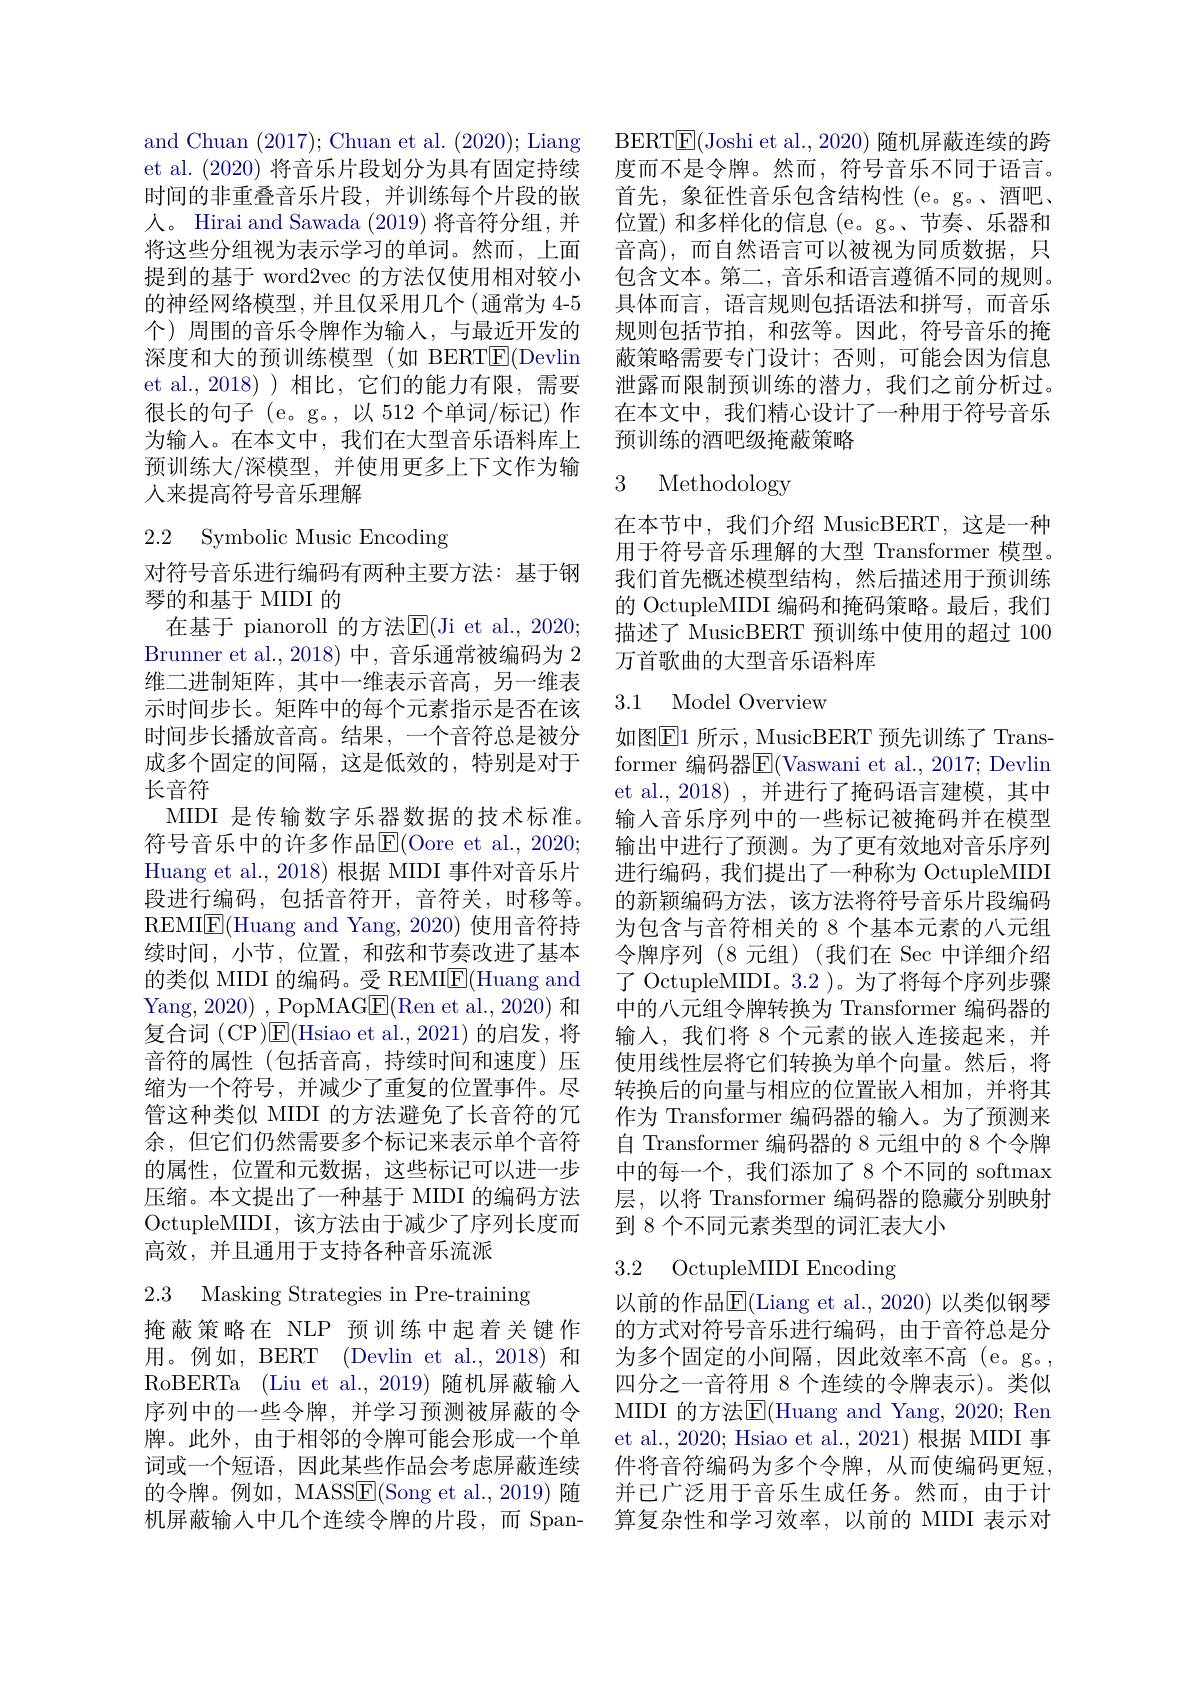
and Chuan (2017); Chuan et al. (2020); Liang et al. (2020)将音乐片段划分为具有固定持续时间的非重叠音乐片段，并训练每个片段的嵌人。Hirai and Sawada (2019) 将音符分组，并将这些分组视为表示学习的单词。然而，上面提到的基于 word2vec 的方法仅使用相对较小的神经网络模型，并且仅采用几个(通常为 4-5个)周围的音乐令牌作为输入，与最近开发的深度和大的预训练模型 (如 BERT$\overline{\mathrm{E}}($Devlin et al.,2018))相比，它们的能力有限，需要很长的句子(e。g。,以 512 个单词/标记) 作为输入。在本文中，我们在大型音乐语料库上预训练大/深模型，并使用更多上下文作为输人来提高符号音乐理解

# 2.2 Symbolic Music Encoding

对符号音乐进行编码有两种主要方法：基于钢
琴的和基于 MIDI 的
在基于 pianoroll 的方法E$( Ji et al. , 2020;$ Brunner et al., 2018) 中，音乐通常被编码为 2维二进制矩阵，其中一维表示音高，另一维表示时间步长。矩阵中的每个元素指示是否在该时间步长播放音高。结果，一个音符总是被分成多个固定的间隔，这是低效的，特别是对于长音符
MIDI 是传输数字乐器数据的技术标准。符号音乐中的许多作品E$( Oore et al. , 2020;$ Huang et al., 2018) 根据 MIDI 事件对音乐片段进行编码，包括音符开，音符关，时移等。REMIE(Huang and Yang, 2020) 使用音符持续时间，小节，位置，和弦和节奏改进了基本的类似 MIDI 的编码。受 REMI$\boxed{\mathrm{F}}($Huang and Yang, 2020) , PopMAGE(Ren et al., 2020) 和复合词 (CP)$\mathsf{E}($Hsiao et al.,2021)的启发，将音符的属性(包括音高，持续时间和速度)压缩为一个符号，并减少了重复的位置事件。尽管这种类似 MIDI 的方法避免了长音符的冗余，但它们仍然需要多个标记来表示单个音符的属性，位置和元数据，这些标记可以进一步压缩。本文提出了一种基于 MIDI 的编码方法OctupleMIDI,该方法由于减少了序列长度而高效，并且通用于支持各种音乐流派

2.3 Masking Strategies in Pre-training

掩蔽策略在 NLP 预训练中起着关键作用。例如，BERT (Devlin et al., 2018) 和RoBERTa (Liu et al.,2019) 随机屏蔽输入序列中的一些令牌，并学习预测被屏蔽的令牌。此外，由于相邻的令牌可能会形成一个单词或一个短语，因此某些作品会考虑屏蔽连续的令牌。例如，MASS$\overline{\mathrm{E}}($Song et al.,2019)随机屏蔽输入中几个连续令牌的片段，而 Span-

BERT$\boxed{\mathrm{E}}($Joshi et al., 2020) 随机屏蔽连续的跨度而不是令牌。然而，符号音乐不同于语言。首先，象征性音乐包含结构性(e。g。、酒吧、 位置)和多样化的信息(e。g。、节奏、乐器和音高),而自然语言可以被视为同质数据，只包含文本。第二，音乐和语言遵循不同的规则。具体而言，语言规则包括语法和拼写，而音乐规则包括节拍，和弦等。因此，符号音乐的掩蔽策略需要专门设计；否则，可能会因为信息泄露而限制预训练的潜力，我们之前分析过。在本文中，我们精心设计了一种用于符号音乐预训练的酒吧级掩蔽策略

# 3 Methodology

在本节中，我们介绍 MusicBERT,这是一种用于符号音乐理解的大型 Transformer 模型。我们首先概述模型结构，然后描述用于预训练的 OctupleMIDI 编码和掩码策略。最后，我们描述了 MusicBERT 预训练中使用的超过 100万首歌曲的大型音乐语料库

## 3.1 Model Overview

如图E1 所示，MusicBERT 预先训练了 Transformer 编码器E$( Vaswani et al. , 2017; Devlin$ et al.,2018),并进行了掩码语言建模，其中输入音乐序列中的一些标记被掩码并在模型输出中进行了预测。为了更有效地对音乐序列进行编码，我们提出了一种称为 OctupleMIDI 的新颖编码方法，该方法将符号音乐片段编码为包含与音符相关的 8 个基本元素的八元组令牌序列 (8 元组)(我们在 Sec 中详细介绍了 OctupleMIDI。3.2 )。为了将每个序列步骤中的八元组令牌转换为 Transformer 编码器的输入，我们将 8 个元素的嵌人连接起来，并使用线性层将它们转换为单个向量。然后，将转换后的向量与相应的位置嵌入相加，并将其作为 Transformer 编码器的输入。为了预测来自 Transformer 编码器的 8 元组中的 8 个令牌中的每一个，我们添加了 8 个不同的 softmax 层，以将 Transformer 编码器的隐藏分别映射到 8 个不同元素类型的词汇表大小

### 3.2 OctupleMIDI Encoding

以前的作品$\overline{\mathrm{E}}($Liang et al.,2020)以类似钢琴的方式对符号音乐进行编码，由于音符总是分为多个固定的小间隔，因此效率不高(e。g。, 四分之一音符用 8 个连续的令牌表示)。类似MIDI 的方法$\mathbb{E}($Huang and Yang, 2020; Ren et al., 2020; Hsiao et al., 2021) 根据 MIDI 事件将音符编码为多个令牌，从而使编码更短， 并已广泛用于音乐生成任务。然而，由于计算复杂性和学习效率，以前的 MIDI 表示对